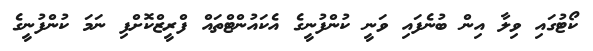
ކޯޓުގައި ވިލާ އިން ބުނެފައި ވަނީ ކުންފުނީގެ އެކައުންޓްތައް ފްރީޒްކޮށްފި ނަމަ ކުންފުނީގެ